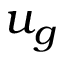
u _ { g }